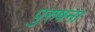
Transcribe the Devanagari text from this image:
पुरुषना